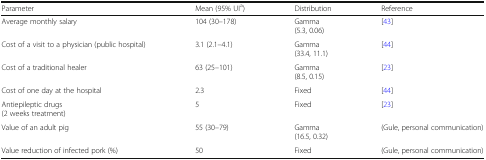
<table><thead><tr><td><b>Parameter</b></td><td><b>Mean (95% UI<sup>a</sup>)</b></td><td><b>Distribution</b></td><td><b>Reference</b></td></tr></thead><tbody><tr><td>Average monthly salary</td><td>104 (30–178)</td><td>Gamma(5.3, 0.06)</td><td>[43]</td></tr><tr><td>Cost of a visit to a physician (public hospital)</td><td>3.1 (2.1–4.1)</td><td>Gamma(33.4, 11.1)</td><td>[44]</td></tr><tr><td>Cost of a traditional healer</td><td>63 (25–101)</td><td>Gamma(8.5, 0.15)</td><td>[23]</td></tr><tr><td>Cost of one day at the hospital</td><td>2.3</td><td>Fixed</td><td>[44]</td></tr><tr><td>Antiepileptic drugs(2 weeks treatment)</td><td>5</td><td>Fixed</td><td>[23]</td></tr><tr><td>Value of an adult pig</td><td>55 (30–79)</td><td>Gamma(16.5, 0.32)</td><td>(Gule, personal communication)</td></tr><tr><td>Value reduction of infected pork (%)</td><td>50</td><td>Fixed</td><td>(Gule, personal communication)</td></tr></tbody></table>